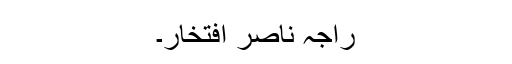
راجہ ناصر افتخار۔